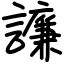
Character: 譧